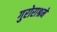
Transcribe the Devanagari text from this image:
गुरोराश्रमे